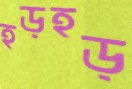
হড়হড়